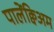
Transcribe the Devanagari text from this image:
पालेंक्विअम